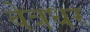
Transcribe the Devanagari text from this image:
वेत्रधर